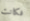
فكانت